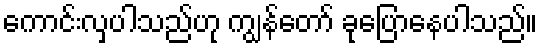
ကောင်းလှပါသည်ဟု ကျွန်တော် ခုပြောနေပါသည်။